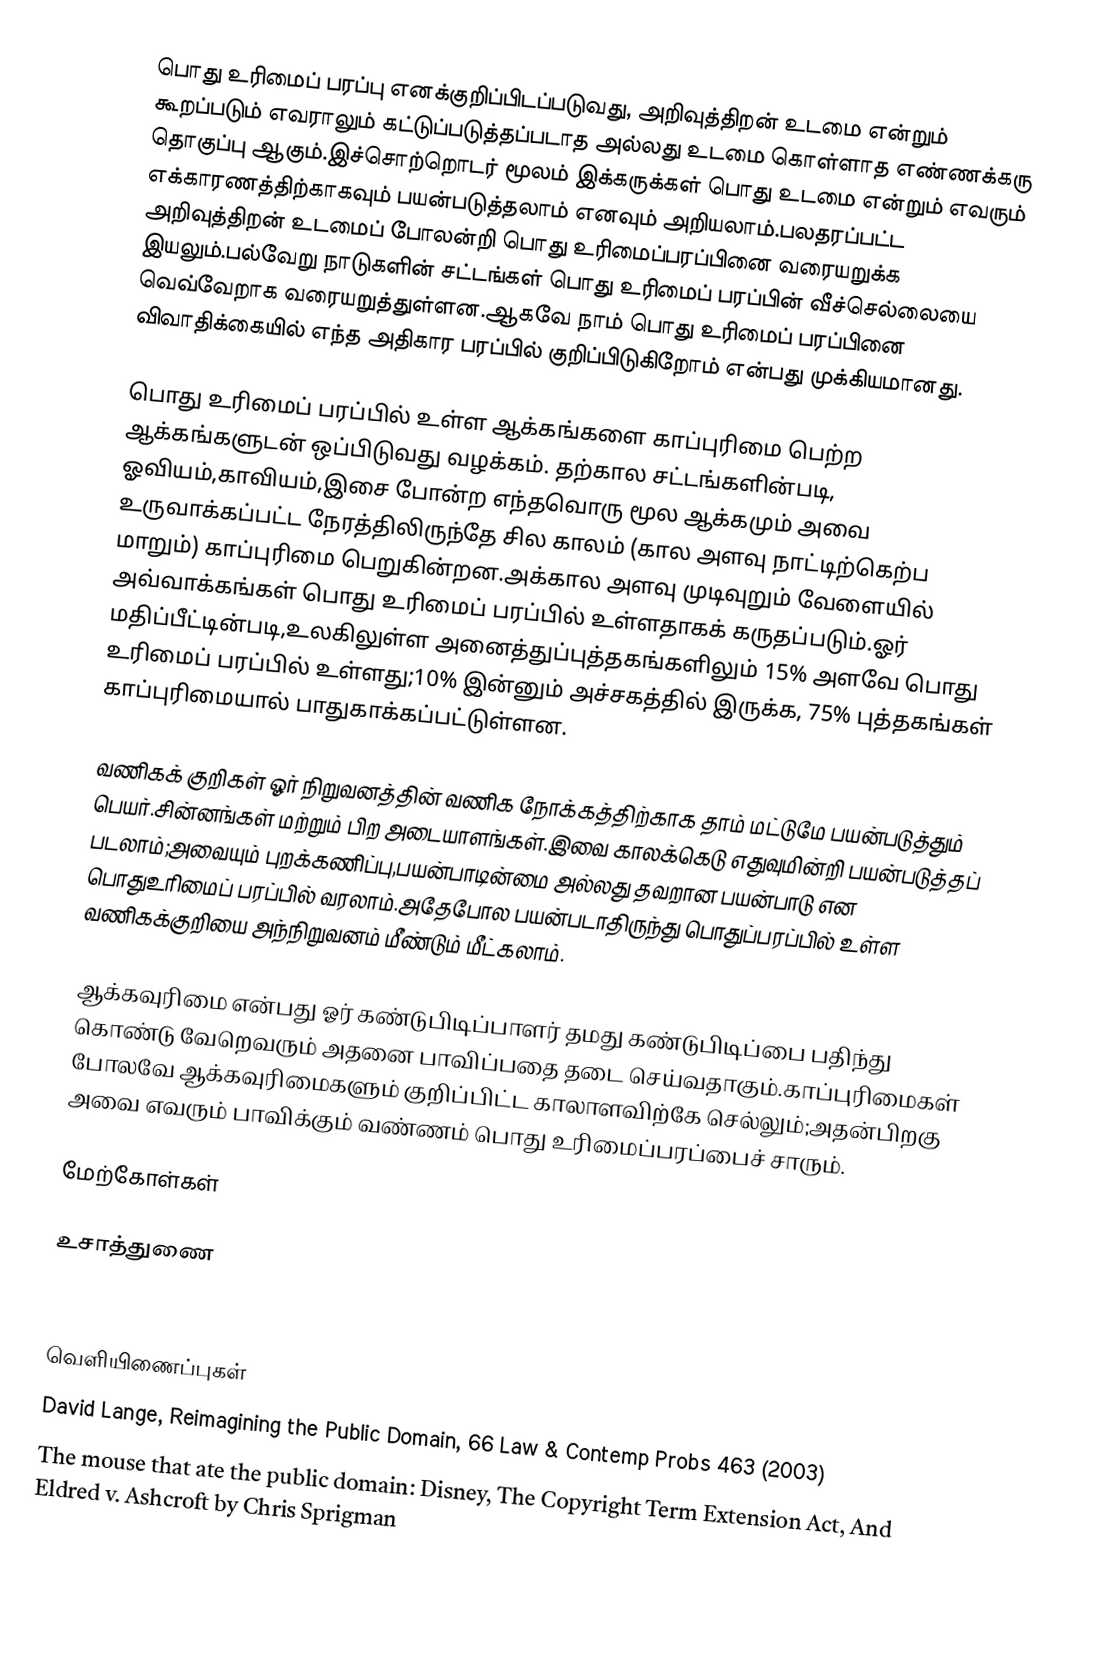
பொது உரிமைப் பரப்பு எனக்குறிப்பிடப்படுவது, அறிவுத்திறன் உடமை என்றும் கூறப்படும் எவராலும் கட்டுப்படுத்தப்படாத அல்லது உடமை கொள்ளாத எண்ணக்கரு தொகுப்பு ஆகும்.இச்சொற்றொடர் மூலம் இக்கருக்கள் பொது உடமை என்றும் எவரும் எக்காரணத்திற்காகவும் பயன்படுத்தலாம் எனவும் அறியலாம்.பலதரப்பட்ட அறிவுத்திறன் உடமைப் போலன்றி பொது உரிமைப்பரப்பினை வரையறுக்க இயலும்.பல்வேறு நாடுகளின் சட்டங்கள் பொது உரிமைப் பரப்பின் வீச்செல்லையை வெவ்வேறாக வரையறுத்துள்ளன.ஆகவே நாம் பொது உரிமைப் பரப்பினை விவாதிக்கையில் எந்த அதிகார பரப்பில் குறிப்பிடுகிறோம் என்பது முக்கியமானது.

பொது உரிமைப் பரப்பில் உள்ள ஆக்கங்களை காப்புரிமை பெற்ற ஆக்கங்களுடன் ஒப்பிடுவது வழக்கம். தற்கால சட்டங்களின்படி, ஓவியம்,காவியம்,இசை போன்ற எந்தவொரு  மூல ஆக்கமும் அவை உருவாக்கப்பட்ட நேரத்திலிருந்தே சில காலம் (கால அளவு நாட்டிற்கெற்ப மாறும்) காப்புரிமை பெறுகின்றன.அக்கால அளவு முடிவுறும் வேளையில் அவ்வாக்கங்கள் பொது உரிமைப் பரப்பில் உள்ளதாகக் கருதப்படும்.ஓர் மதிப்பீட்டின்படி,உலகிலுள்ள அனைத்துப்புத்தகங்களிலும் 15% அளவே பொது உரிமைப் பரப்பில் உள்ளது;10% இன்னும் அச்சகத்தில் இருக்க,  75% புத்தகங்கள் காப்புரிமையால் பாதுகாக்கப்பட்டுள்ளன.

வணிகக் குறிகள் ஓர் நிறுவனத்தின் வணிக நோக்கத்திற்காக தாம் மட்டுமே பயன்படுத்தும் பெயர்.சின்னங்கள் மற்றும் பிற அடையாளங்கள்.இவை காலக்கெடு எதுவுமின்றி பயன்படுத்தப் படலாம்;அவையும் புறக்கணிப்பு,பயன்பாடின்மை அல்லது தவறான பயன்பாடு என பொதுஉரிமைப் பரப்பில் வரலாம்.அதேபோல  பயன்படாதிருந்து பொதுப்பரப்பில் உள்ள வணிகக்குறியை அந்நிறுவனம் மீண்டும் மீட்கலாம்.

ஆக்கவுரிமை என்பது ஓர் கண்டுபிடிப்பாளர் தமது கண்டுபிடிப்பை பதிந்து கொண்டு வேறெவரும் அதனை பாவிப்பதை தடை செய்வதாகும்.காப்புரிமைகள் போலவே ஆக்கவுரிமைகளும் குறிப்பிட்ட காலாளவிற்கே செல்லும்;அதன்பிறகு அவை எவரும் பாவிக்கும் வண்ணம் பொது உரிமைப்பரப்பைச் சாரும்.

மேற்கோள்கள்

உசாத்துணை
 Fishman, Stephen, The Public Domain: How to Find & Use Copyright-Free Writings, Music, Art & More.

வெளியிணைப்புகள்
 David Lange, Reimagining the Public Domain, 66 Law & Contemp Probs 463 (2003)
 The mouse that ate the public domain: Disney, The Copyright Term Extension Act, And Eldred v. Ashcroft by Chris Sprigman